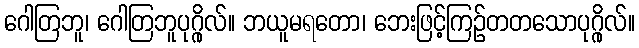
ဂေါတြဘူ၊ ဂေါတြဘူပုဂ္ဂိုလ်။ ဘယူမရတော၊ ဘေးဖြင့်ကြဉ်တတသောပုဂ္ဂိုလ်။